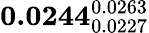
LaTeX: \mathbf{0.0244}_{0.0227}^{0.0263}